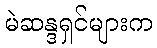
မဲဆန္ဒရှင်များက